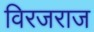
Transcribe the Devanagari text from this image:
विरजराज